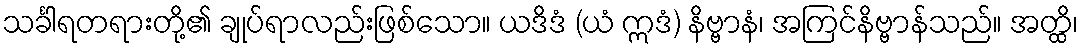
သင်္ခါရတရားတို့၏ ချုပ်ရာလည်းဖြစ်သော။ ယဒိဒံ (ယံ ဣဒံ) နိဗ္ဗာနံ၊ အကြင်နိဗ္ဗာန်သည်။ အတ္ထိ၊